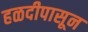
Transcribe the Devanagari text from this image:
हळदीपासून